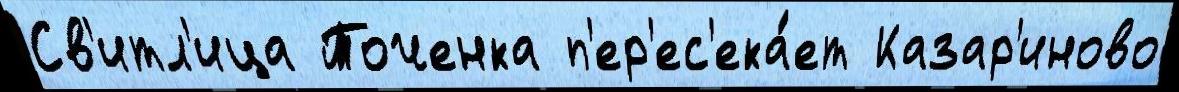
Св'итл'ица Точенка п'ер'ес'ека́ет Казар'иново